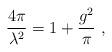
LaTeX: \begin{align*}\frac{4\pi }{\lambda ^{2}}=1+\frac{g^{2}}{\pi }\ , \end{align*}